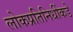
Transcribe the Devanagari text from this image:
लोकप्रतिनिधींकडे